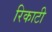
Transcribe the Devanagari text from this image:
रिकाटी